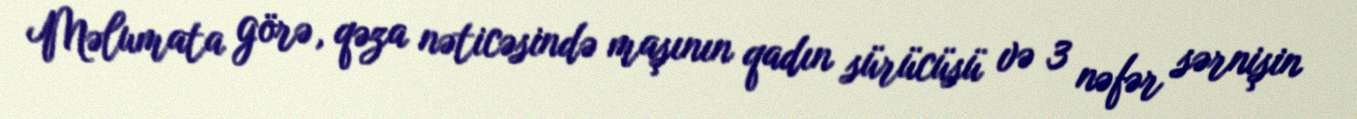
Məlumata görə, qəza nəticəsində maşının qadın sürücüsü və 3 nəfər sərnişin